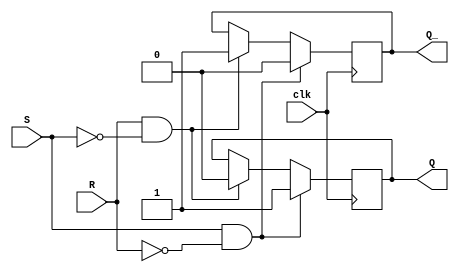
module sr_latch (
    input wire clk,
    input wire S,
    input wire R,
    output reg Q,
    output reg Q_
);

always @(posedge clk) begin
    if (S && !R) begin
        Q <= 1;
        Q_ <= 0;
    end
    else if (R && !S) begin
        Q <= 0;
        Q_ <= 1;
    end
    else begin
        Q <= Q;
        Q_ <= Q_;
    end
end

endmodule